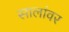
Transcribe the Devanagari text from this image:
सालांवर